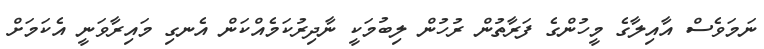
ނަމަވެސް އާއިލާގެ މީހުންގެ ފަރާތުން ރުހުން ލިބުމަކީ ނާދިރުކަމެއްކަން އެނގި މައިރާވަނީ އެކަމަށް